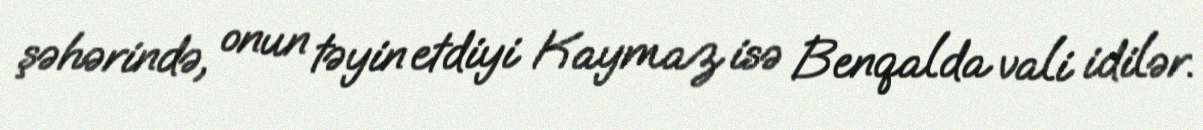
şəhərində, onun təyin etdiyi Kaymaz isə Benqalda vali idilər.